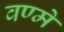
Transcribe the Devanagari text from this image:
वण्मे